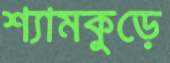
শ্যামকুড়ে